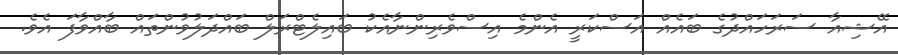
އޭޝިއާ ސަރަހައްދުގެ ބައެއް އަސްކަރީ އެންމެ އިސްވެރިންނާއެކު ބައިލެޓްރަލް ބައްދަލުވުންތައް ބާއްވާފަ އެވެ.